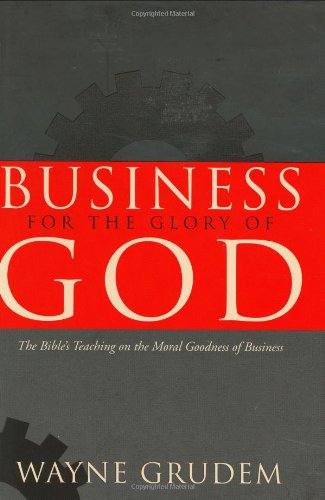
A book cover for Business for the Glory of God: The Bible's Teaching on the Moral Goodness of Business; Wayne Grudem; Christian Books & Bibles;